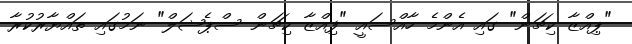
"ޕިއްޒާ ކިޗަން" ގައި އެންމެ ހާއްސައީ "ފިއްޒާ ކިޗަން ސްޕެޝަލް" ނަމުގައި ތައްޔާރުކުރާ